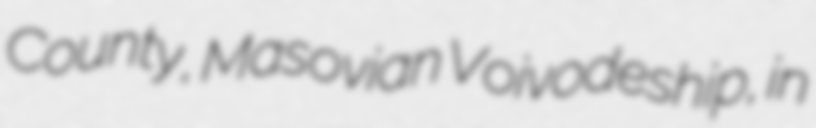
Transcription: County, Masovian Voivodeship, in